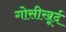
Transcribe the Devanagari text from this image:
गोसीखूर्द